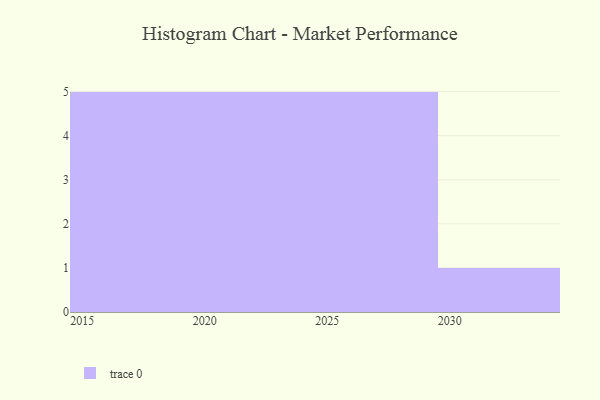
{"axis": {"x": "Year", "y": "Churn Rate (%)"}, "legend": [""], "data": [{"x": "2030", "y": 44, "type": ""}, {"x": "2025", "y": 83, "type": ""}, {"x": "2020", "y": 93, "type": ""}, {"x": "2021", "y": 89, "type": ""}, {"x": "2027", "y": 6, "type": ""}, {"x": "2026", "y": 60, "type": ""}, {"x": "2023", "y": 31, "type": ""}, {"x": "2022", "y": 82, "type": ""}, {"x": "2019", "y": 45, "type": ""}, {"x": "2016", "y": 82, "type": ""}, {"x": "2017", "y": 57, "type": ""}, {"x": "2028", "y": 14, "type": ""}, {"x": "2029", "y": 46, "type": ""}, {"x": "2018", "y": 2, "type": ""}, {"x": "2024", "y": 66, "type": ""}, {"x": "2015", "y": 15, "type": ""}]}